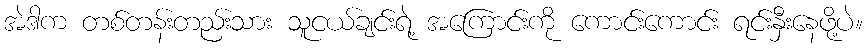
အဲဒါက တစ်တန်းတည်းသား သူငယ်ချင်းရဲ့ အကြောင်းကို ကောင်းကောင်း ရင်းနှီးနေဖို့ပဲ။